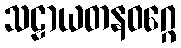
သဠာယတနဝဂ္ဂေ